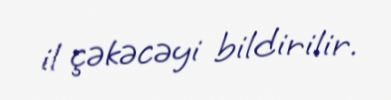
il çəkəcəyi bildirilir.